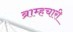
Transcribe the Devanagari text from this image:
ब्राम्हचारी